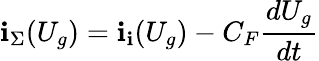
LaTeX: \mathbf{i}_{\Sigma}(U_{g})=\mathbf{i}_{\mathbf{i}}(U_{g})-C_{F}{\frac{{dU_{g}}}{{dt}}}